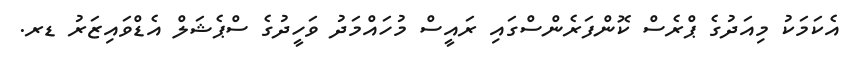
އެކަމަކު މިއަދުގެ ޕްރެސް ކޮންފަރެންސްގައި ރައީސް މުހައްމަދު ވަހީދުގެ ސްޕެޝަލް އެޑްވައިޒަރު ޑރ.